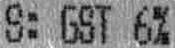
S: GST 6%